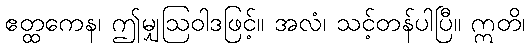
ဧတ္ထကေန၊ ဤမျှဩဝါဒဖြင့်။ အလံ၊ သင့်တန်ပါပြီ။ ဣတိ၊